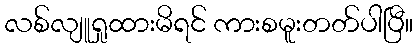
လစ်လျူရှုထားမိရင် ကားစမူးတတ်ပါပြီ။